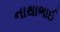
નાથાભાઈ